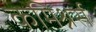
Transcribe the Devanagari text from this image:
कमिश्नर्स